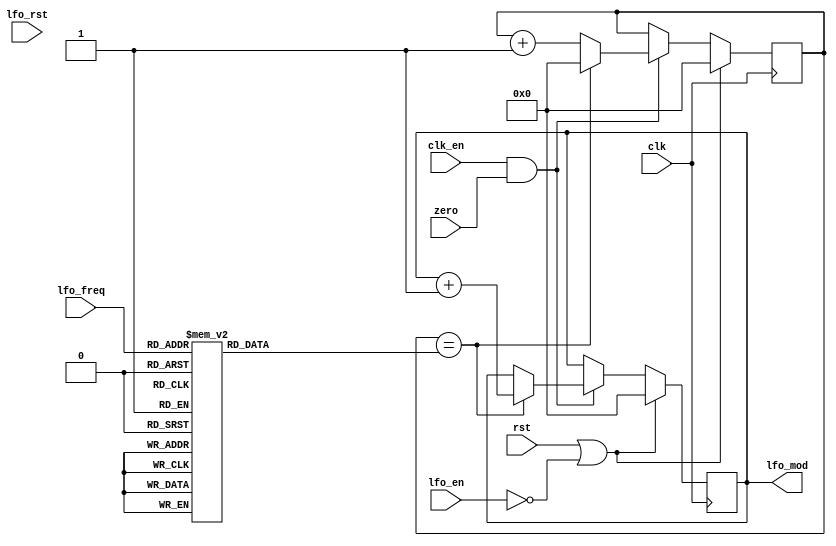
/*  This file is part of jt12.

    jt12 is free software: you can redistribute it and/or modify
    it under the terms of the GNU General Public License as published by
    the Free Software Foundation, either version 3 of the License, or
    (at your option) any later version.

    jt12 is distributed in the hope that it will be useful,
    but WITHOUT ANY WARRANTY; without even the implied warranty of
    MERCHANTABILITY or FITNESS FOR A PARTICULAR PURPOSE.  See the
    GNU General Public License for more details.

    You should have received a copy of the GNU General Public License
    along with jt12.  If not, see <http://www.gnu.org/licenses/>.
	
	Author: Jose Tejada Gomez. Twitter: @topapate
	Version: 1.0
	Date: 25-2-2017
	*/

`timescale 1ns / 1ps

/*

	Does the LFO frequency depend on the pre-scaler for YM2608 ?

	From spritesmind.net:
	"That would be 7-bit LFO step counter (which is incremented on each LFO clock and reset when LFO enable bit is cleared). 
	LFO AM value indeed corresponds to LFO step counter bits 0:5 shifted left by one 
	and XORed with inversion of bit 6 (to generate an inverted triangle waveform)
	
	LFO AM sensitivity (2 bits) indicates to EG how much LFO AM value is shifted before adding to EG output
	[...] 
	LFO PM step (0-31), which takes bits 2:6 of LFO step counter (0-127) and goes to LFO PM calcuation unit
	"

	From Sauraen:

The LFO seems to have 3 sections:

	[*] 7-bit linear prescaler. The test bit 0x21:1 goes into what looks like the carry-in or something similar; 
	it could go into the reset, I can't quite tell with more detailed analysis. The 7-bit output (plus maybe carry-out) 
	gets logiced together into 8 lines (evidently perform "== N" with N hardcoded for each line), and these go into a 
	little selector unit which is also fed by the LFO Speed and LFO Enable bits. I can't quite see the output of this, 
	but I do see there's some sort of feedback to the prescaler's reset. So this clearly seems like a divide-by-N prescaler. 
	I can try to read the eight N's for you if you want, but you should be able to reverse engineer them from knowing what the LFO speeds are.

	[*] 7-bit linear counter, with an 8-bit unit after the output (possibly inverts the output after each cycle to make a triangle wave?). 
	Bits 1:6 of the output of this go to the EG, and stick into its pipeline at the same place where the LFO->Amplitude two bits go. 
	(Elsewhere the operator LFO enable flag simply forces these two bits to zero for operators not affected by the LFO.) 
	Some modified version of the 8-bit signal between the counter and the inverter unit thing goes to the third unit of the LFO.

	[*] Highly complex unit which modifies the frequency data as it goes from the channel registers to the PG. The block bits bypass this, 
	but all the frequency bits get modified by it. There's a bitslice portion corresponding to bits 0:6, and then what appears to be 
	the same logic folded over to process bits 7:A. But the interesting part is that bits 4:A of the frequency data go into the 
	bitslices 0:6. That is, the bitslice unit for bit 0 has bit 0 enter at the middle and leave (to the PG) at the bottom. But it also has bit 4 enter at the top. 
	And so on through bit 6 having bit A enter at the top. It looks like the top portion is some sort of shifter for bits 4:A--the wires go diagonally 
	so that bit 4 only gets used once, bit 5 gets used in bitslice 1 and 0, bit 6 gets used in bitslices 2:0, and so on so that bit A gets used in all of them. 
	I'm guessing this whole unit is basically a multiplier, multiplying bits 4:A of the frequency value by bits 0:7 of the LFO state, and then adding the result 
	to bits 0:6 of the frequency value (with carry up to the higher bits). It looks like, between the multiplied output and the adder, there's another shifter 
	whose value is based on the the LFO->Frequency bits. But it looks like it's a bit more complex than I'm describing.

*/

module jt12_lfo(
	input			 	rst,
	input			 	clk,
	input				clk_en,
	input				zero,
	input				lfo_rst,
	input				lfo_en,
	input		[2:0]	lfo_freq,
	output	reg	[6:0]	lfo_mod		// 7-bit width according to spritesmind.net
);

reg [6:0] cnt, limit;

always @(*)
	case( lfo_freq )	// same values as in MAME
		3'd0: limit = 7'd108;
		3'd1: limit = 7'd77;
		3'd2: limit = 7'd71;
		3'd3: limit = 7'd67;
		3'd4: limit = 7'd62;
		3'd5: limit = 7'd44;
		3'd6: limit = 7'd8;
		3'd7: limit = 7'd5;
	endcase

always @(posedge clk) 
	if( rst || !lfo_en )
		{ lfo_mod, cnt } <= 14'd0;
	else if( clk_en && zero) begin
		if( cnt == limit ) begin
			cnt <= 7'd0;
			lfo_mod <= lfo_mod + 1'b1;
		end
		else begin
			cnt <= cnt + 1'b1;
		end
	end
	
endmodule